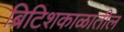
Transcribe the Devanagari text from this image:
ब्रिटिशकाळातील